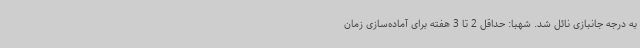
به درجه جانبازی نائل شد. شهبا: حداقل 2 تا 3 هفته برای آماده‌سازی زمان